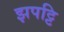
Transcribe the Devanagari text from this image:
झपट्टि